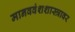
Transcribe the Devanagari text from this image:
मानववंशशास्त्रावर